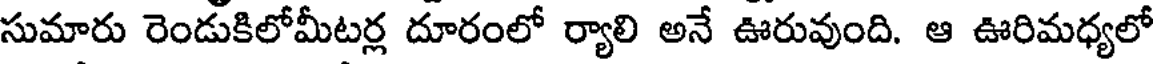
సుమారు రెండుకిలోమీటర్ల దూరంలో ర్యాలి అనే ఊరువుంది. ఆ ఊరిమధ్యలో